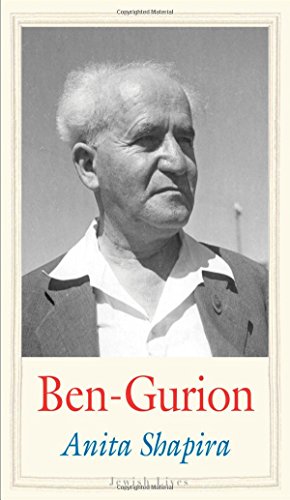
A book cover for Ben-Gurion: Father of Modern Israel (Jewish Lives); Anita Shapira; Biographies & Memoirs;